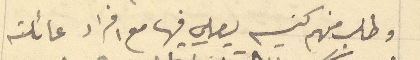
وطلب منهم كنيسه يصلي فيها مع افراد عائلته